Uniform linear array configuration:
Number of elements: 64
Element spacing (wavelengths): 0.75
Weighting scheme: binomial
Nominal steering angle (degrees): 0
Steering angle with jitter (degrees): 1.803
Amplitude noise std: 0.05
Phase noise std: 0.05

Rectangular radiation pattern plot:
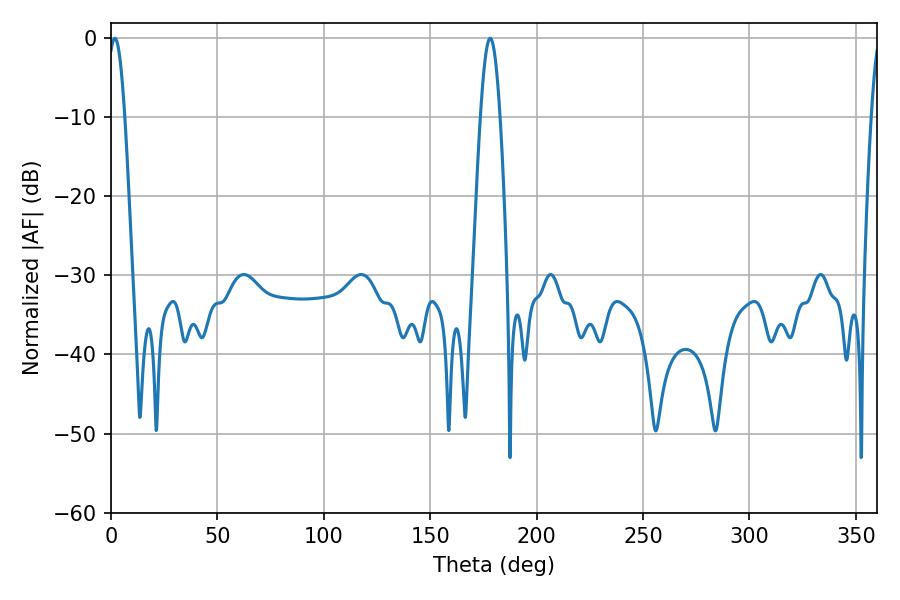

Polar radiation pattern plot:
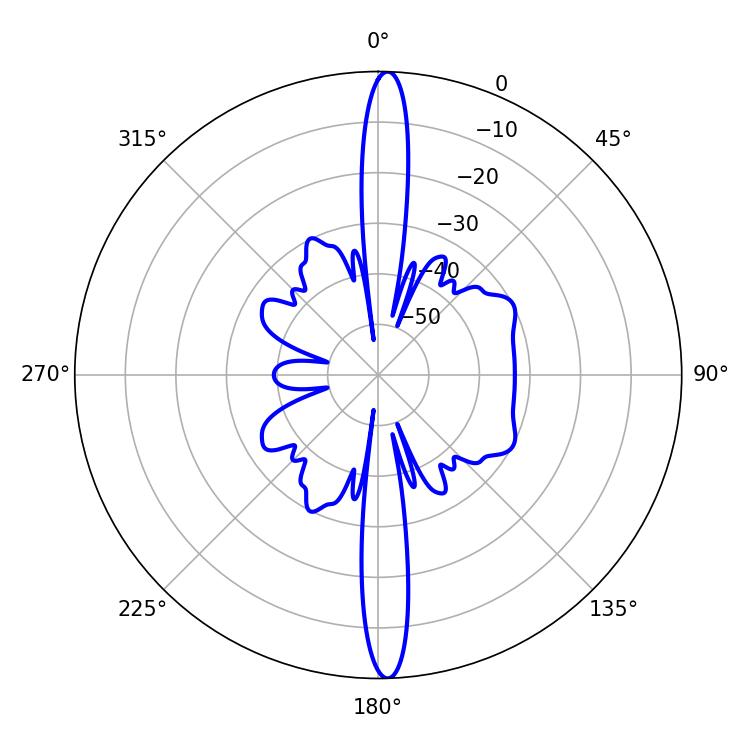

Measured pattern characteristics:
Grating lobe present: TRUE
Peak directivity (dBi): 24.842
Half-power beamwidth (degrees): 4.32
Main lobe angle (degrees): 1.8